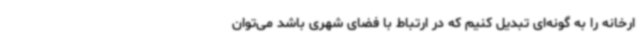
ارخانه را به گونه‌ای تبدیل کنیم که در ارتباط با فضای شهری باشد می‌توان